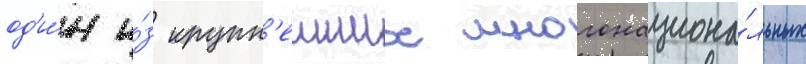
од'и́н и́з крупн'еиших многонациона́льных